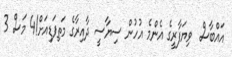
އައްބާސް  ވިޔަފާރީގެ އެންމެ އުހުން ސިޔާސީ ދާއިރާގެ މަތިފަޑިއަށް!4 މަސް 3